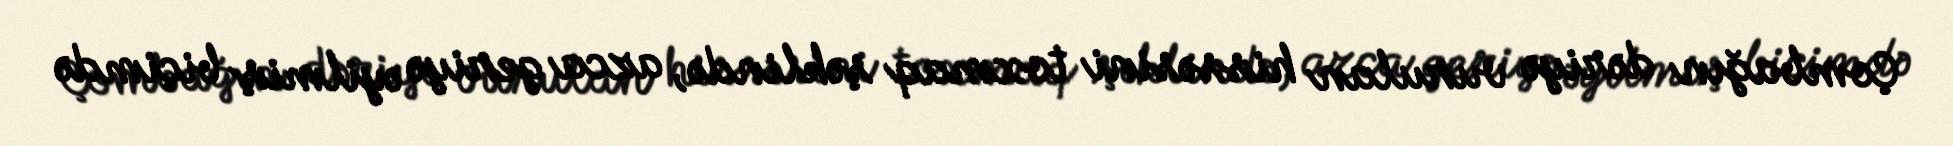
Çombağın dəriyə vurulan hissəsini toxmaq şəklində, azca geriyə əyilmiş biçimdə